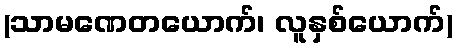
(သာမဏေတယောက်၊ လူနှစ်ယောက်)